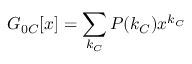
G _ { 0 C } [ x ] = \sum _ { k _ { C } } P ( k _ { C } ) x ^ { k _ { C } }